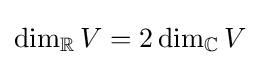
\dim _{\mathbb {R} }V=2\dim _{\mathbb {C} }V